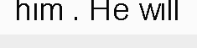
him . He will